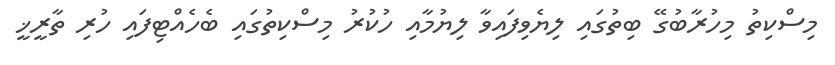
މިސްކިތު މިހުރާބުގޭ ބިތުގައި ލިޔެވިފައިވާ ލިޔުމާއި ހުކުރު މިސްކިތުގައި ބެހެއްޓިފައި ހުރި ތާރީޚީ